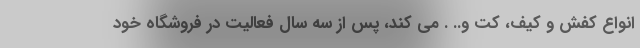
انواع کفش و کیف، کت و.. . می کند، پس از سه سال فعالیت در فروشگاه خود